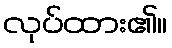
လုပ်ထား၏။